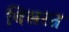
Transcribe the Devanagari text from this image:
बिसरत